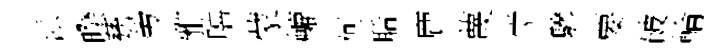
派暌甆勞雅嘻蒙轆何聒鹿蔑觉驂要破輪